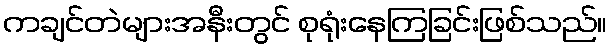
ကချင်တဲများအနီးတွင် စုရုံးနေကြခြင်းဖြစ်သည်။